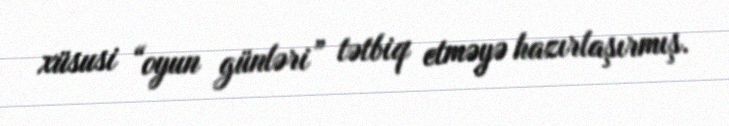
xüsusi “oyun günləri” tətbiq etməyə hazırlaşırmış.